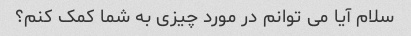
سلام آیا می توانم در مورد چیزی به شما کمک کنم؟